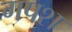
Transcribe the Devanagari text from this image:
गपश